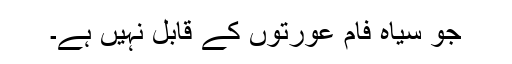
جو سیاہ فام عورتوں کے قابل نہیں ہے۔